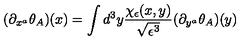
( \partial _ { x ^ { a } } \theta _ { A } ) ( x ) = \int d ^ { 3 } y \frac { \chi _ { \epsilon } ( x , y ) } { \sqrt { \epsilon ^ { 3 } } } ( \partial _ { y ^ { a } } \theta _ { A } ) ( y )